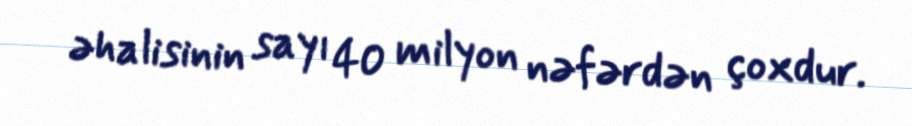
əhalisinin sayı 40 milyon nəfərdən çoxdur.